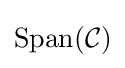
{\text{Span}}({\mathcal {C}})